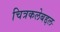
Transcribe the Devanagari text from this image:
चित्रकलेबद्दल